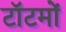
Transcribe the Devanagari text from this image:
टॉटमों